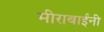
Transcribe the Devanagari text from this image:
मीराबाईंनी